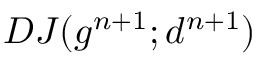
D J ( g ^ { n + 1 } ; d ^ { n + 1 } )